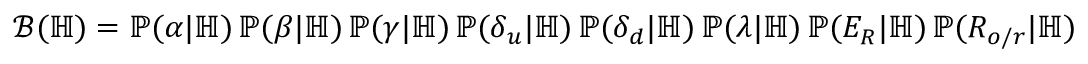
\mathcal B ( \mathbb H ) = \mathbb P ( \alpha | \mathbb H ) \, \mathbb P ( \beta | \mathbb H ) \, \mathbb P ( \gamma | \mathbb H ) \, \mathbb P ( \delta _ { u } | \mathbb H ) \, \mathbb P ( \delta _ { d } | \mathbb H ) \, \mathbb P ( \lambda | \mathbb H ) \, \mathbb P ( E _ { R } | \mathbb H ) \, \mathbb P ( R _ { o / r } | \mathbb H )